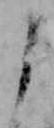
よ